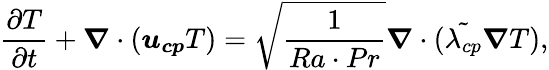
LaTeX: \frac{\partial T}{\partial t}+\boldsymbol{\nabla}\cdot(\boldsymbol{u_{cp}}T)=\sqrt{\frac{1}{Ra\cdot Pr}}\boldsymbol{\nabla}\cdot({\tilde{\lambda_{cp}}\boldsymbol{\nabla}T}),